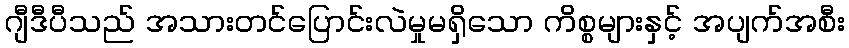
ဂျီဒီပီသည် အသားတင်ပြောင်းလဲမှုမရှိသော ကိစ္စများနှင့် အပျက်အစီး